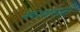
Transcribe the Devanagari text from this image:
नकाशासाठी